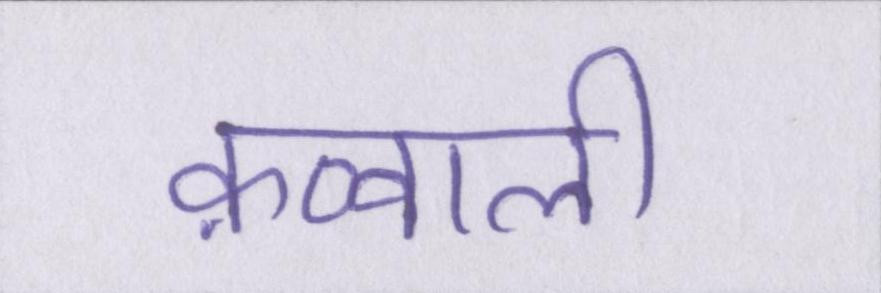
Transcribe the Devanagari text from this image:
क़व्वाली